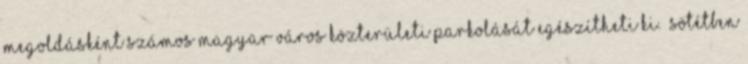
megoldásként számos magyar város közterületi parkolását egészítheti ki. „SÖTÉTBEN